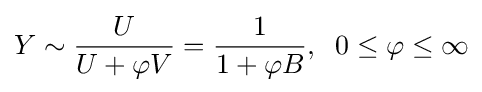
Y\sim {\frac {U}{U+\varphi V}}={\frac {1}{1+\varphi B}},\;\;0\leq \varphi \leq \infty